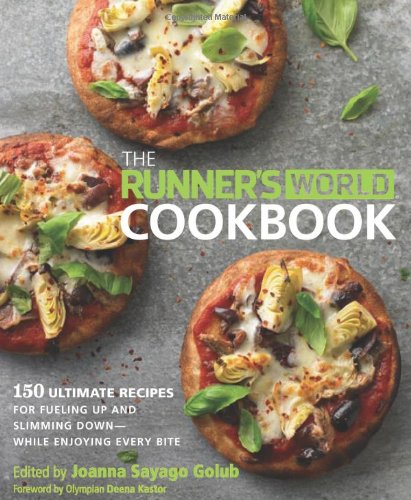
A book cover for The Runner's World Cookbook: 150 Ultimate Recipes for Fueling Up and Slimming Down--While Enjoying Every Bite; Cookbooks, Food & Wine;